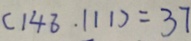
( 1 4 8 . 1 1 1 ) = 3 7